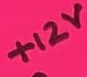
Text: +12V